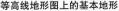
等高线地形图上的基本地形